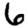
Digit: 6